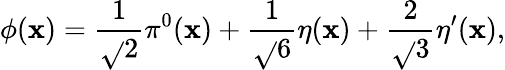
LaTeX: \phi(\mathbf{x})=\frac{{1}}{{\sqrt{}{{2}}}}\pi^{0}(\mathbf{x})+\frac{{1}}{{\sqrt{}{{6}}}}\eta(\mathbf{x})+\frac{{2}}{{\sqrt{}{{3}}}}\eta^{\prime}(\mathbf{x}),